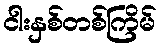
ငါးနှစ်တစ်ကြိမ်